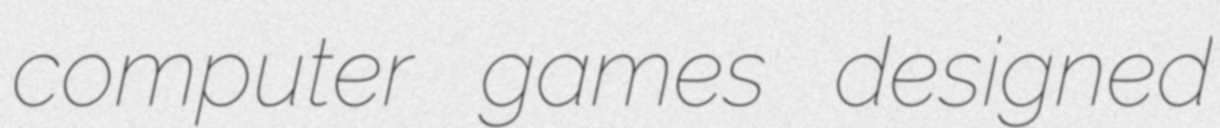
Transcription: computer games designed